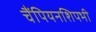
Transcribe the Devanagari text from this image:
चैंपियनशिपभी